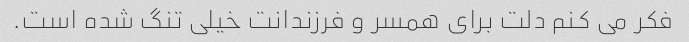
فکر می کنم دلت برای همسر و فرزندانت خیلی تنگ شده است.